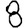
Digit: 8